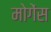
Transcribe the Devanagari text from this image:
मोगेंस